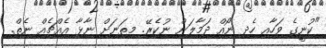
"ކުނީގެ ވަހާއި ހެދި ނޯއް ދަމާލަން ނުކެރޭ. މިތަނަށް ނާޅާ އެއްޗެއް ނެތް.